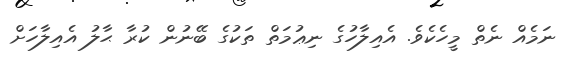
ނަމެއް ނެތް މީހެކެވެ. އެއިލާހުގެ ނިޢުމަތް ތަކުގެ ބޭނުން ކުރާ ޙާލު އެއިލާހަށް